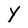
Character: Y